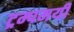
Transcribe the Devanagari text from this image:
ट्रम्पमयी